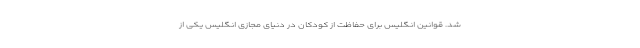
شد. قوانین انگلیس برای حفاظت از کودکان در دنیای مجازی انگلیس یکی از